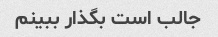
جالب است بگذار ببینم